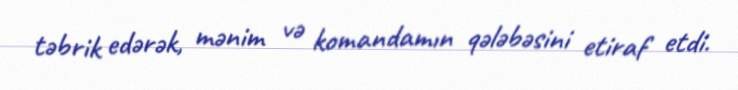
təbrik edərək, mənim və komandamın qələbəsini etiraf etdi.